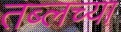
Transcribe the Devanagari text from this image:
तब्लच्या